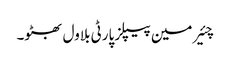
چئیرمین پیپلز پارٹی بلاول بھٹو۔